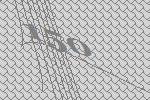
150